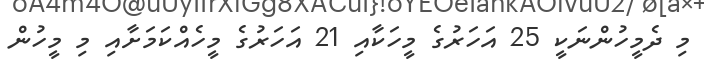
މި ދެމީހުންނަކީ 25 އަހަރުގެ މީހަކާއި 21 އަހަރުގެ މީހެއްކަމަށާއި މި މީހުން